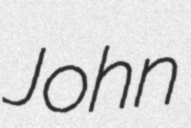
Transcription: John